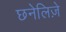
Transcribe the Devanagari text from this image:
छनेलिज़े